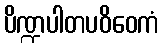
ပိဏ္ဍပါတပဝိဝေကံ